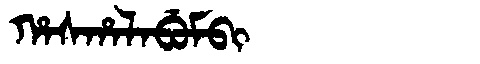
Manchu: ᡥᠠᠰᡥᠠᠯᠠᠪᡠᠮᠪᡳ
Romanization: HASHALABUMBI